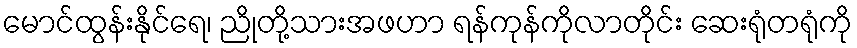
မောင်ထွန်းနိုင်ရေ၊ ညိုတို့သားအဖဟာ ရန်ကုန်ကိုလာတိုင်း ဆေးရုံတရုံကို